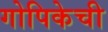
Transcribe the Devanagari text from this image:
गोपिकेची